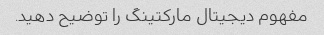
مفهوم دیجیتال مارکتینگ را توضیح دهید.